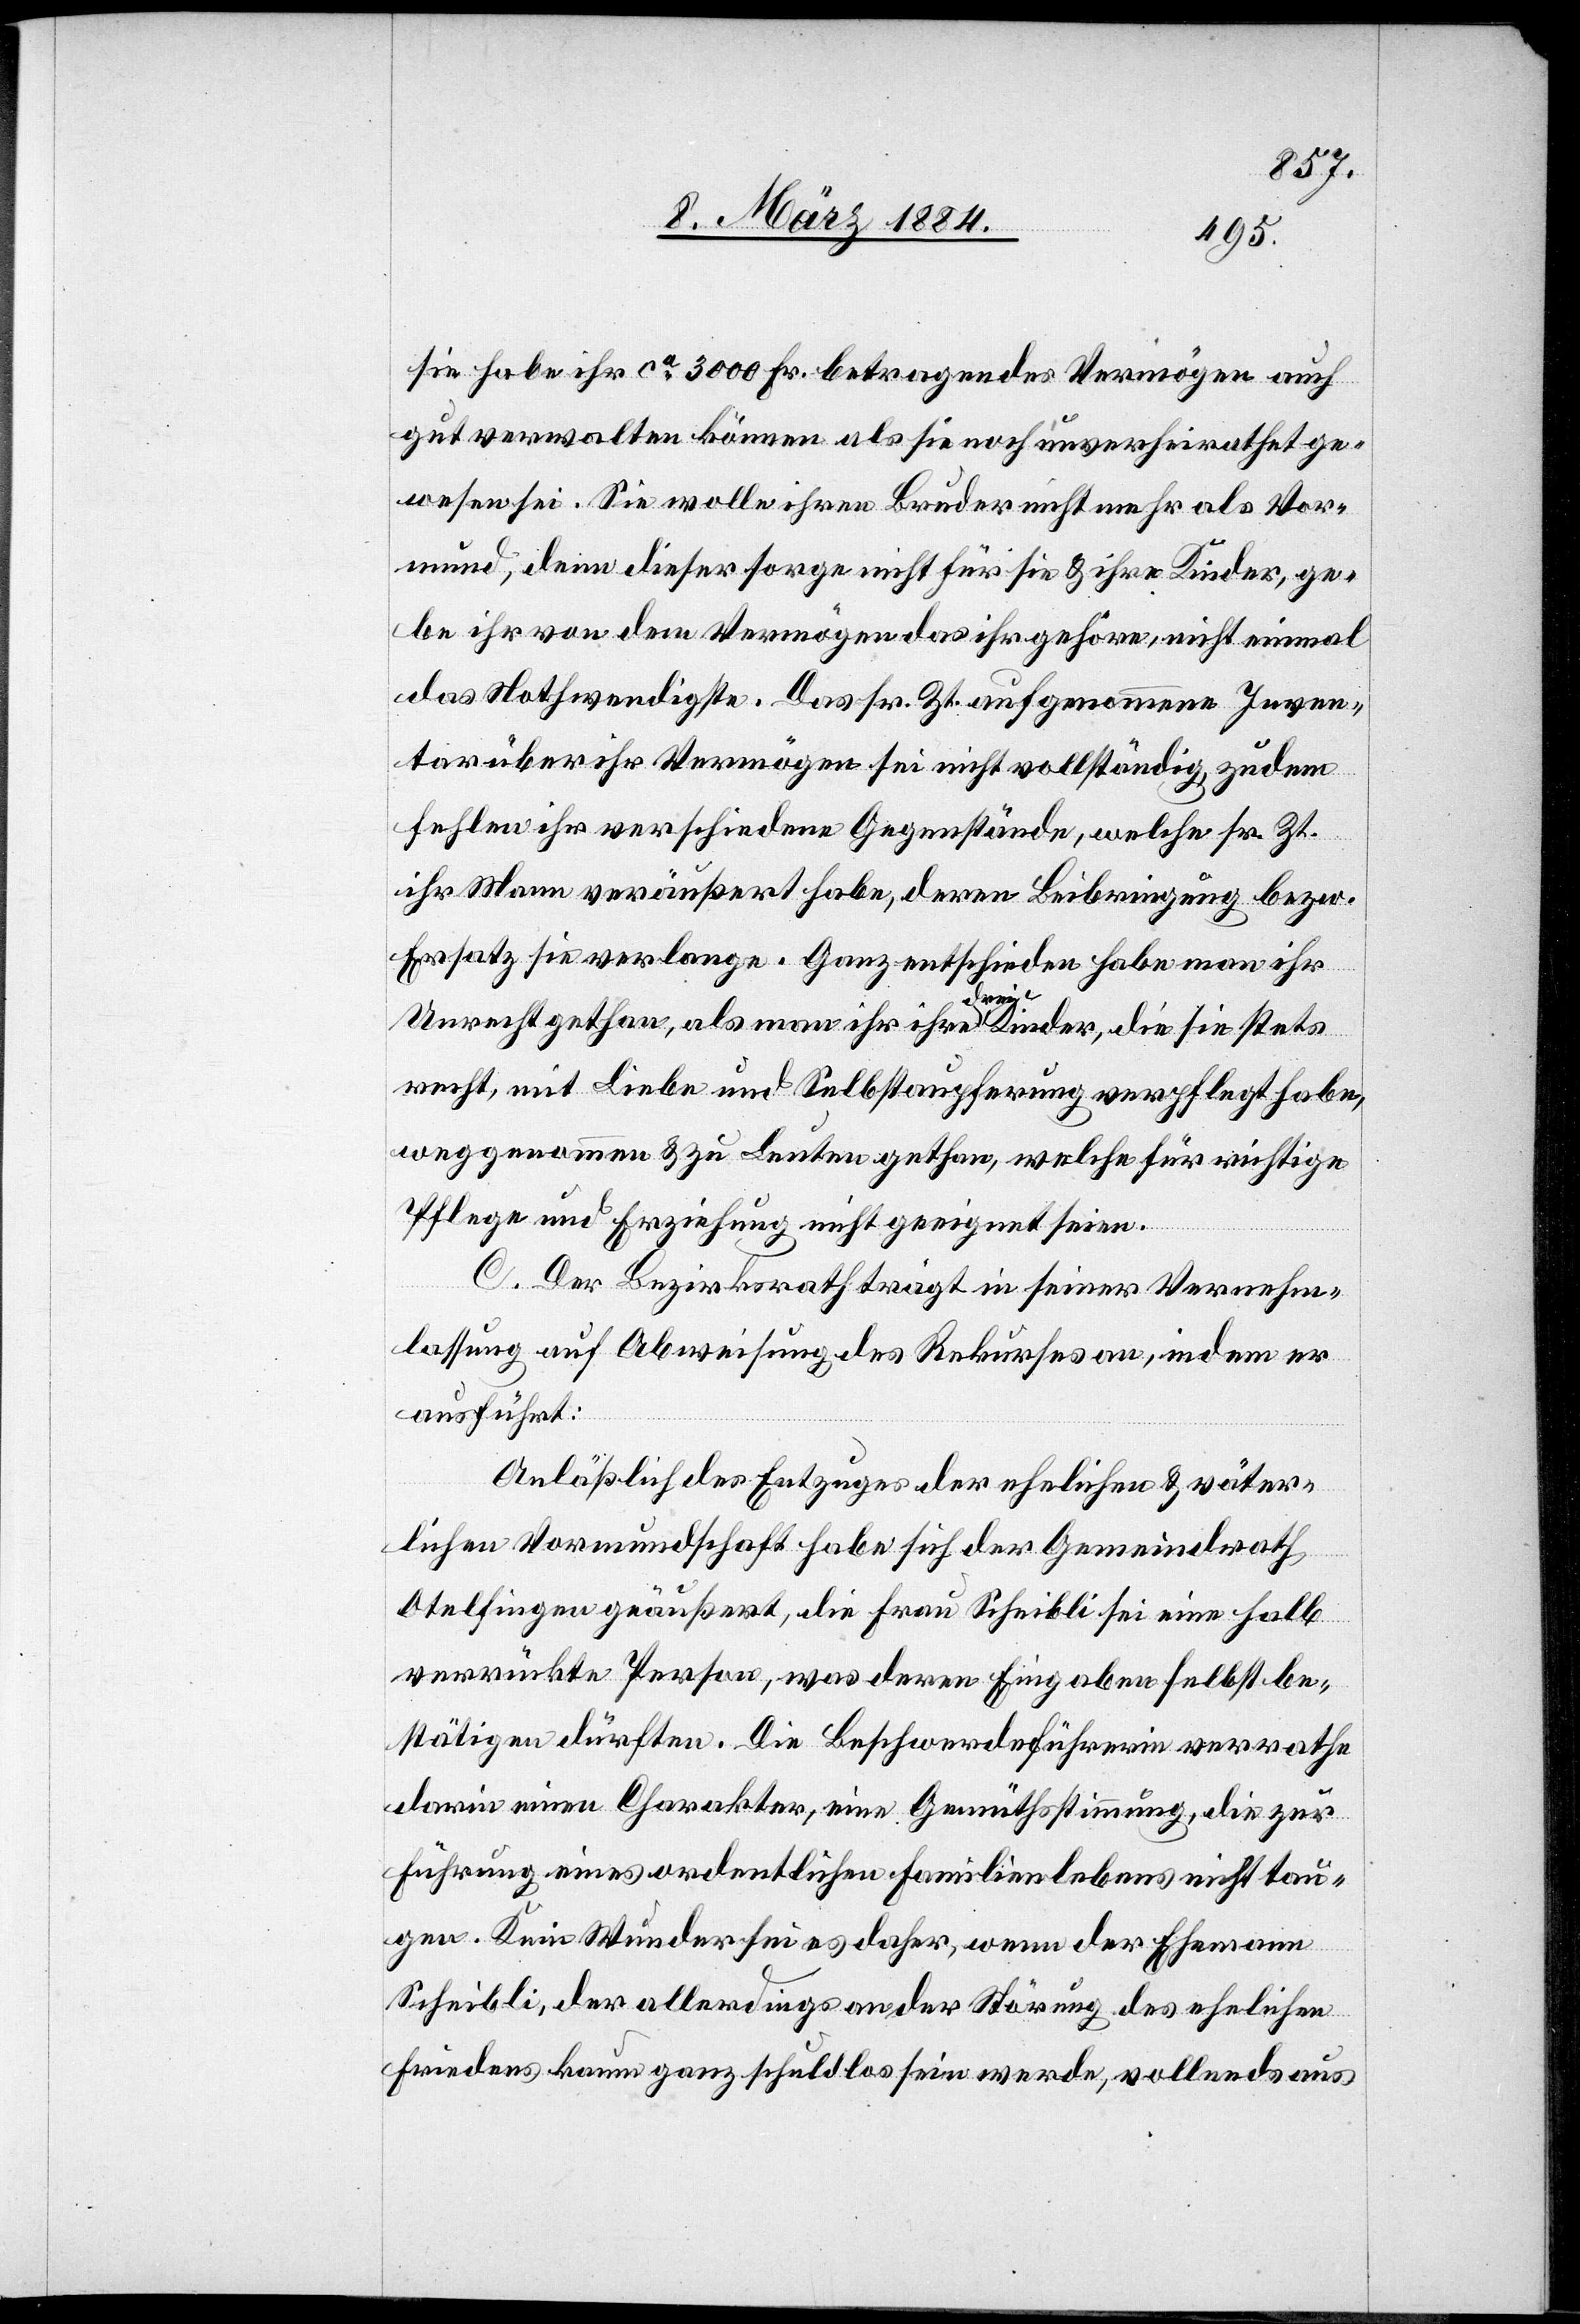
sie habe ihr ca 3000 Fr. betragendes Vermögen auch
gut verwalten können als sie noch unverheirathet ge¬
wesen sei. Sie wolle ihren Bruder nicht mehr als Vor¬
mund, denn dieser sorge nicht für sie & ihre Kinder, ge¬
be ihr von dem Vermögen das ihr gehöre, nicht einmal
das Nothwendigste. Das sr. Zt. aufgenommene Inven¬
tar über ihr Vermögen sei nicht vollständig, zudem
fehlen ihr verschiedene Gegenstände, welche sr. Zr.
ihr Mann veräußert habe, deren Beibringung bzw.
Ersatz sie verlange. Ganz entschieden habe man ihr
Unrecht gethan, als man ihr ihre drei Kinder, die sie stets
recht, mit Liebe und Selbstaupferung [sic!] verpflegt habe,
weggenommen & zu Leuten gethan, welche für richtige
Pflege und Erziehung nicht geeignet seien.
C. Der Bezirksrath trägt in seiner Vernehm¬
lassung auf Abweisung des Rekurses an, indem er
ausführt:
Anläßlich des Entzuges der ehelichen & väter¬
lichen Vormundschaft habe sich der Gemeindrath
Otelfingen geäußert, die Frau Scheibli sei eine halb
verrückte Person, was deren Eingaben selbst be¬
stätigen dürften. Die Beschwerdeführerin verrathe
darin einen Charakter, eine Gemüthstimmung, die zur
Führung eines ordentlichen Familienlebens nichts tau¬
ge. Kein Wunder sei es daher, wenn der Ehemann
Scheibli, der allerdings an der Störung des ehelichen
Friedens kaum ganz schuldlos sein werde, vollends aus